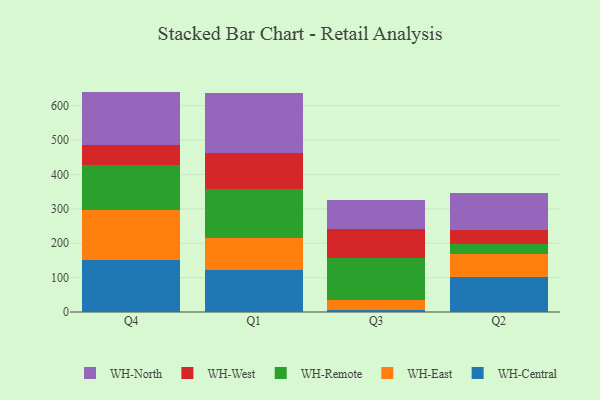
{"axis": {"x": "Quarter", "y": "Bounce Rate (%)"}, "legend": ["WH-Central", "WH-East", "WH-North", "WH-Remote", "WH-West"], "data": [{"x": "Q4", "y": 151.0, "type": "WH-Central"}, {"x": "Q4", "y": 146.6, "type": "WH-East"}, {"x": "Q4", "y": 129.1, "type": "WH-Remote"}, {"x": "Q4", "y": 60.2, "type": "WH-West"}, {"x": "Q4", "y": 154.0, "type": "WH-North"}, {"x": "Q1", "y": 123.6, "type": "WH-Central"}, {"x": "Q1", "y": 90.6, "type": "WH-East"}, {"x": "Q1", "y": 142.4, "type": "WH-Remote"}, {"x": "Q1", "y": 105.7, "type": "WH-West"}, {"x": "Q1", "y": 175.2, "type": "WH-North"}, {"x": "Q3", "y": 6.2, "type": "WH-Central"}, {"x": "Q3", "y": 28.6, "type": "WH-East"}, {"x": "Q3", "y": 121.9, "type": "WH-Remote"}, {"x": "Q3", "y": 84.1, "type": "WH-West"}, {"x": "Q3", "y": 84.3, "type": "WH-North"}, {"x": "Q2", "y": 102.8, "type": "WH-Central"}, {"x": "Q2", "y": 66.6, "type": "WH-East"}, {"x": "Q2", "y": 29.3, "type": "WH-Remote"}, {"x": "Q2", "y": 39.8, "type": "WH-West"}, {"x": "Q2", "y": 108.6, "type": "WH-North"}]}